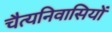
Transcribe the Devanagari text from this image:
चैत्यनिवासियों